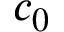
c _ { 0 }